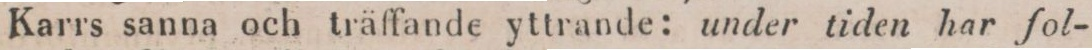
Karrs sanna och träffande yttrande: under tiden har fol-